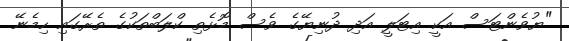
"ޔުވެންޓަސް އަކީ އިޓަލީ އަދި ދުނިޔޭގެ ވެސް މޮޅެތި ކްލަބްތަކުގެ ތެރޭގައި ހިމެނޭ